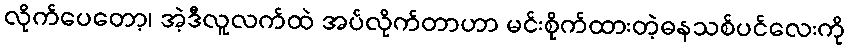
လိုက်ပေတော့၊ အဲ့ဒီလူလက်ထဲ အပ်လိုက်တာဟာ မင်းစိုက်ထားတဲ့ဓနသစ်ပင်လေးကို